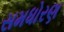
સમધોરણ